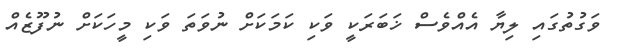
ވަގުތުގައި ލިޔާ އެއްވެސް ޚަބަރަކީ ވަކި ކަމަކަށް ނުވަތަ ވަކި މީހަކަށް ނުފޫޒެއް